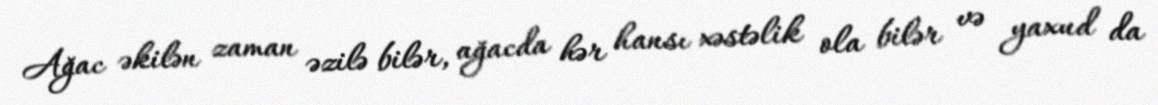
Ağac əkilən zaman əzilə bilər, ağacda hər hansı xəstəlik ola bilər və yaxud da